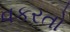
વકરતો